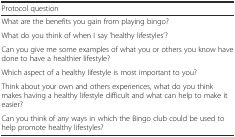
| Protocol question |
 | --- |
 | What are the benefits you gain from playing bingo? |
 | What do you think of when I say ‘healthy lifestyles’? |
 | Can you give me some examples of what you or others you know have done to have a healthier lifestyle? |
 | Which aspect of a healthy lifestyle is most important to you? |
 | Think about your own and others experiences, what do you think makes having a healthy lifestyle difficult and what can help to make it easier? |
 | Can you think of any ways in which the Bingo club could be used to help promote healthy lifestyles? |